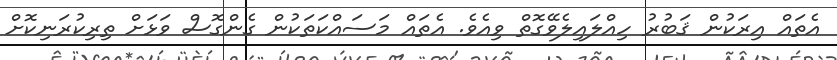
އެތައް އިރަކުން ޤަބުރު ހިއްލައިލެވޭގޮތް ވިއެވެ. އެތައް މަސައްކަތަކުން ގެންގޮސް ވަޅަށް ތިރިކުރަނިކޮށް